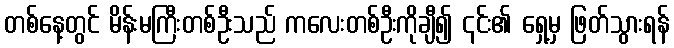
တစ်နေ့တွင် မိန်းမကြီးတစ်ဦးသည် ကလေးတစ်ဦးကိုချီ၍ ၎င်း၏ ရှေ့မှ ဖြတ်သွားရန်